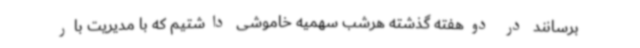
برسانند در دوهفته گذشته هرشب سهمیه خاموشی داشتیم که با مدیریت بار